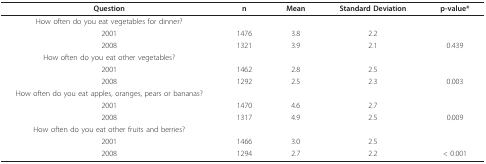
<table><thead><tr><td><b>Question</b></td><td><b>n</b></td><td><b>Mean</b></td><td><b>Standard Deviation</b></td><td><b>p-value*</b></td></tr></thead><tbody><tr><td>How often do you eat vegetables for dinner?</td><td></td><td></td><td></td><td></td></tr><tr><td>2001</td><td>1476</td><td>3.8</td><td>2.2</td><td></td></tr><tr><td>2008</td><td>1321</td><td>3.9</td><td>2.1</td><td>0.439</td></tr><tr><td>How often do you eat other vegetables?</td><td></td><td></td><td></td><td></td></tr><tr><td>2001</td><td>1462</td><td>2.8</td><td>2.5</td><td></td></tr><tr><td>2008</td><td>1292</td><td>2.5</td><td>2.3</td><td>0.003</td></tr><tr><td>How often do you eat apples, oranges, pears or bananas?</td><td></td><td></td><td></td><td></td></tr><tr><td>2001</td><td>1470</td><td>4.6</td><td>2.7</td><td></td></tr><tr><td>2008</td><td>1317</td><td>4.9</td><td>2.5</td><td>0.009</td></tr><tr><td>How often do you eat other fruits and berries?</td><td></td><td></td><td></td><td></td></tr><tr><td>2001</td><td>1466</td><td>3.0</td><td>2.5</td><td></td></tr><tr><td>2008</td><td>1294</td><td>2.7</td><td>2.2</td><td>&lt; 0.001</td></tr></tbody></table>